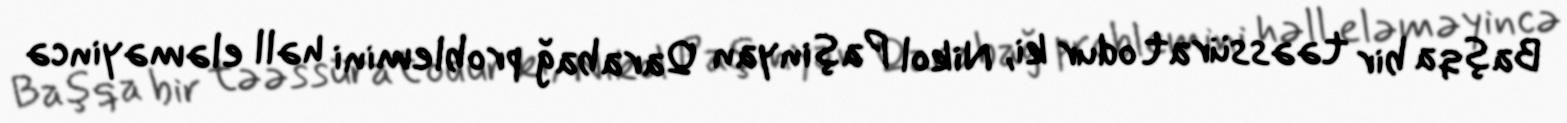
Başqa bir təəssürat odur ki, Nikol Paşinyan Qarabağ problemini həll eləməyincə